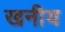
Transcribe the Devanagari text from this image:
खनीय